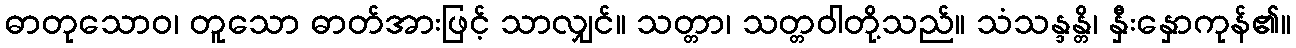
ဓာတုသောဝ၊ တူသော ဓာတ်အားဖြင့် သာလျှင်။ သတ္တာ၊ သတ္တဝါတို့သည်။ သံသန္ဒန္တိ၊ နှီးနှောကုန်၏။